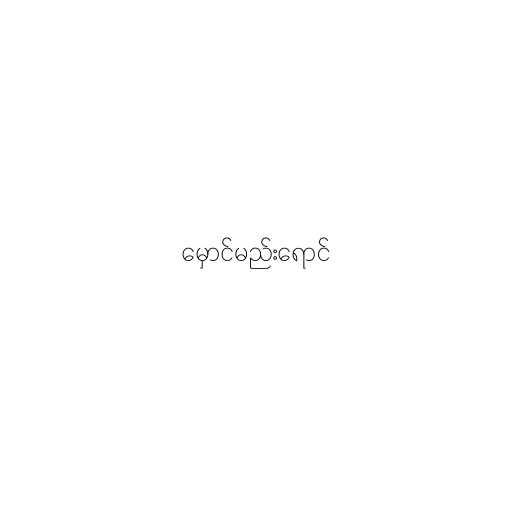
မှောင်မည်းရောင်